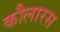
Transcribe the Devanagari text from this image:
कौलारस